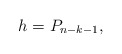
\begin{align*} h=P_{n-k-1},\end{align*}